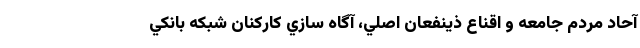
آحاد مردم جامعه و اقناع ذينفعان اصلي، آگاه سازي كاركنان شبكه بانكي